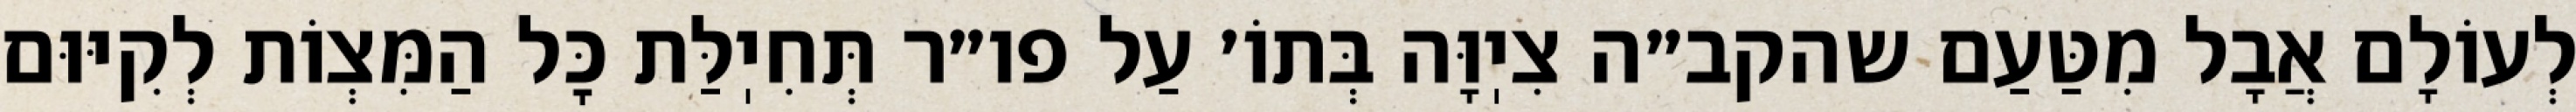
לְעוֹלָם אֲבָל מִטַּעַם שהקב״ה צִיֽוָּה בְּתוֹ׳ עַל פו״ר תְּחִיֽלַּת כׇּל הַמִּצְוֹת לְקִיּוּם